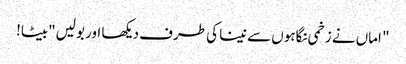
" اماں نے زخمی نگاہوں سے نینا کی طرف دیکھا اور بولیں"بیٹا!